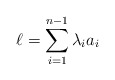
\begin{align*}\ell =\sum_{i=1}^{n-1} \lambda_i a_i\end{align*}